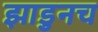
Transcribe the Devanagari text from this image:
झाडुनच